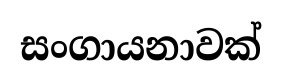
සංගායනාවක්